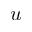
u